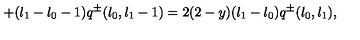
+ ( l _ { 1 } - l _ { 0 } - 1 ) q ^ { \pm } ( l _ { 0 } , l _ { 1 } - 1 ) = 2 ( 2 - y ) ( l _ { 1 } - l _ { 0 } ) q ^ { \pm } ( l _ { 0 } , l _ { 1 } ) ,